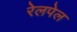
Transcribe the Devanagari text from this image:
रेलपेल